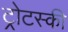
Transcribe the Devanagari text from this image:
ट्रोटस्की